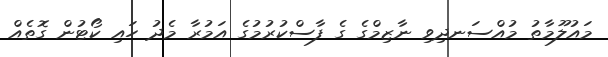
މައުލޫމާތު މުއްސަނދިވި ނާޒިމްގެ ގެ ފާސްކުރުމުގެ އަމުރާ މެދު ހައި ކޯޓުން ގޮތެއް